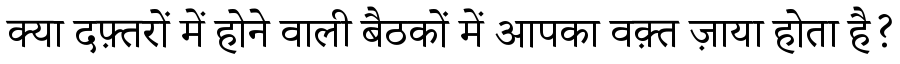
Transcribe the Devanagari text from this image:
क्या दफ़्तरों में होने वाली बैठकों में आपका वक़्त ज़ाया होता है?